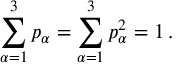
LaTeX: \sum _ { \alpha = 1 } ^ { 3 } p _ { \alpha } = \sum _ { \alpha = 1 } ^ { 3 } p _ { \alpha } ^ { 2 } = 1 \, .